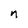
Character: n